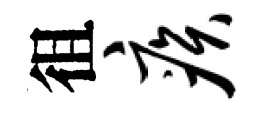
徂疾